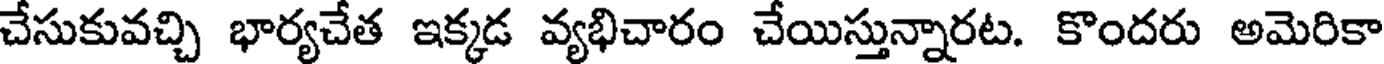
చేసుకువచ్చి భార్యచేత ఇక్కడ వ్యభిచారం చేయిస్తున్నారట. కొందరు అమెరికా